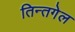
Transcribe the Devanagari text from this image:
तिन्तगेल